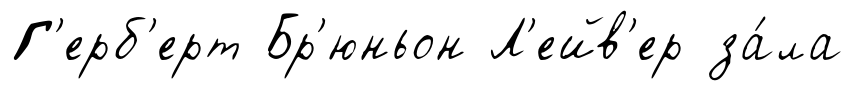
Г'ерб'ерт Бр'юньон Л'ейв'ер за́ла